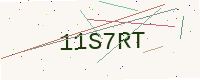
Text: 11S7RT